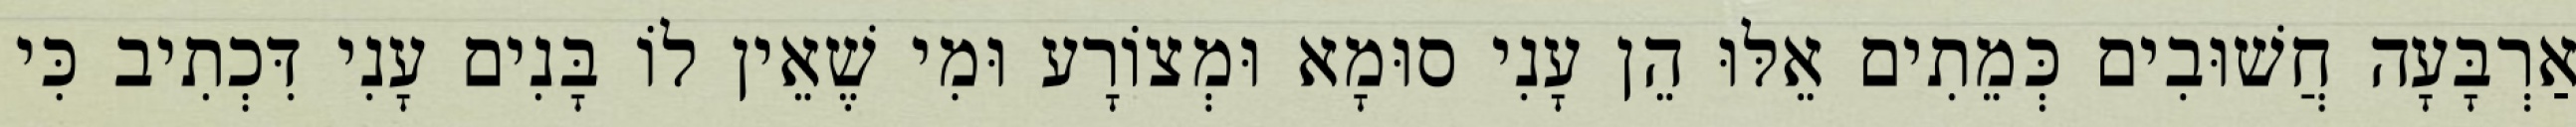
אַרְבָּעָה חֲשׁוּבִים כְּמֵתִים אֵלּוּ הֵן עָנִי סוּמָא וּמְצוֹרָע וּמִי שֶׁאֵין לוֹ בָּנִים עָנִי דִּכְתִיב כִּי